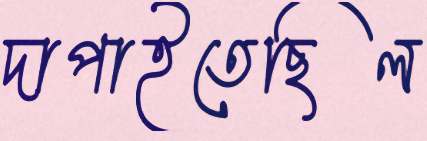
দাপাইতেছিল